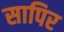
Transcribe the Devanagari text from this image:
सापिर